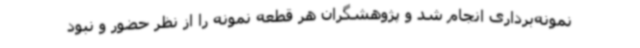
نمونه‌برداری انجام شد و پژوهشگران هر قطعه نمونه را از نظر حضور و نبود